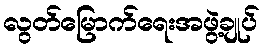
လွတ်မြောက်ရေးအဖွဲ့ချုပ်